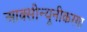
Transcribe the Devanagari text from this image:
आक्सीन्यूनीकरण